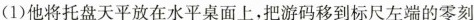
(1)他将托盘天平放在水平桌面上，把游码移到标尺左端的零刻